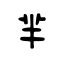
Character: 羋